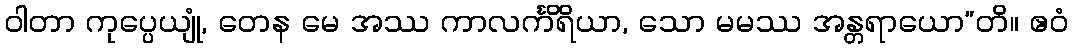
ဝါတာ ကုပ္ပေယျုံ, တေန မေ အဿ ကာလင်္ကိရိယာ, သော မမဿ အန္တရာယော”တိ။ ဧဝံ